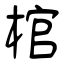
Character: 棺